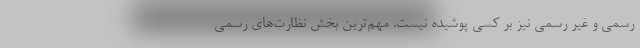
رسمی و غیر رسمی نیز بر کسی پوشیده نیست. مهم‌ترین بخش نظارت‌های رسمی